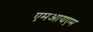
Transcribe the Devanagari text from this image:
एमआयएम